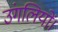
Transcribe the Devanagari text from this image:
उंगलियों।